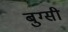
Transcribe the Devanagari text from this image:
बुग्‍सी